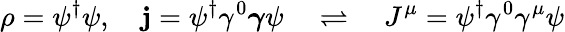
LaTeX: \rho=\psi^{\dagger}\psi,\quad\mathbf{j}=\psi^{\dagger}\gamma^{0}{\boldsymbol{\gamma}}\psi\quad\rightleftharpoons\quad J^{\mu}=\psi^{\dagger}\gamma^{0}\gamma^{\mu}\psi